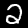
Digit: 2